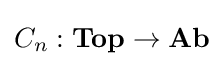
C_{n}:\mathbf {Top} \to \mathbf {Ab}